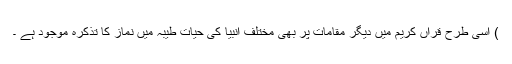
) اسی طرح قراں کریم میں دیگر مقامات پر بھی مختلف انبیا کی حیات طیبہ میں نماز کا تذکرہ موجود ہے ۔